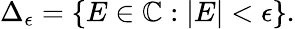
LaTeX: \begin{array}{r}{\Delta_{\epsilon}=\{ E\in\mathbb{C}:|E|<\epsilon\} .}\end{array}